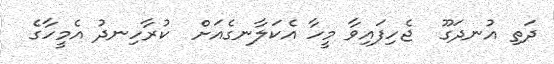
ދަތި އުނދަގޫ  ޖެހިފައިވާ މީހާ އެކަލާނގެއަށް  ކުރާހިނދު އެމީހާގެ